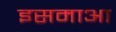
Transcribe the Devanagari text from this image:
इसमाआ